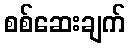
စစ်ဆေးချက်